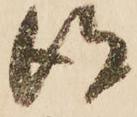
得